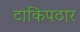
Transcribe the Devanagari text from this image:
टाकिपठार